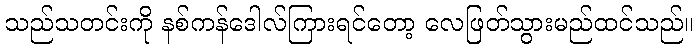
သည်သတင်းကို နစ်ကန်ဒေါလ်ကြားရင်တော့ လေဖြတ်သွားမည်ထင်သည်။